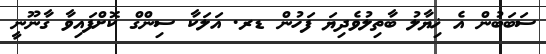
ސަބަބުން އެ ޚިޔާލު ބާތިލުވެދިޔަ ފަހުން ޑރ. އަލަކާ ސިންގް ކޮށްފައިވާ ގާނޫނީ